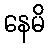
နေမိ